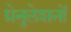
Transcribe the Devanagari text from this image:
ग्रेनुलेशनों